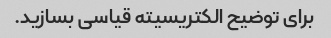
برای توضیح الکتریسیته قیاسی بسازید.